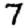
Digit: 7